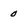
Character: 0